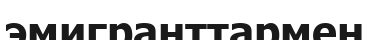
эмигранттармен